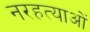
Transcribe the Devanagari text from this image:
नरहत्याओं